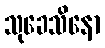
သုခေသိနော